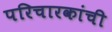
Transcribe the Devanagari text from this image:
परिचारकांची